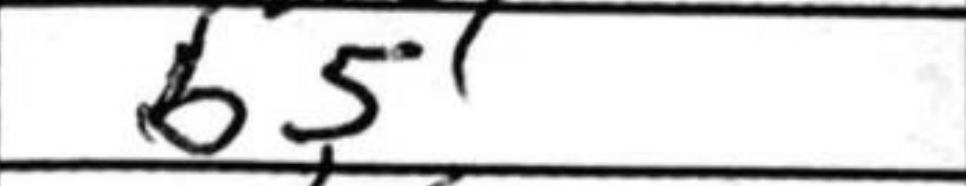
Transcription: b5